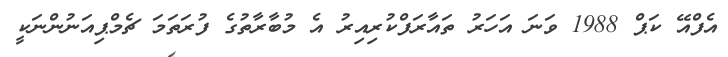
އެފްއޭ ކަޕް 1988 ވަނަ އަހަރު ތައާރަފްކުރިއިރު އެ މުބާރާތުގެ ފުރަތަމަ ޗެމްޕިއަނުންނަކީ